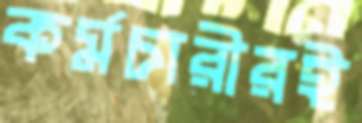
কর্মচারীরই